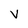
Character: V